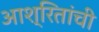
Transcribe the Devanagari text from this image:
आश्रितांची